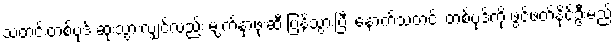
သတင်းတစ်ပုဒ် ဆုံးသွားလျှင်လည်း မျက်နှာဖုံးဆီ ပြန်သွားပြီး နောက်သတင်း တစ်ပုဒ်ကို ဖွင့်ဖတ်နိုင်ဦးမည်